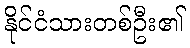
နိုင်ငံသားတစ်ဦး၏